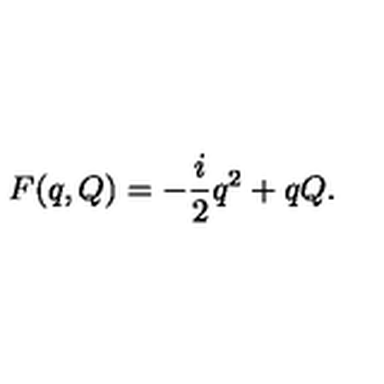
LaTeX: F ( q , Q ) = - { \frac { i } { 2 } } q ^ { 2 } + q Q .